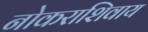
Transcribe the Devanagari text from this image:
नोकराशिवाय